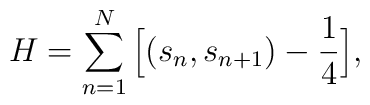
H= \sum_{n=1}^N \Big[ (s_n, s_{n+1}) -\frac{1}{4} \Big],